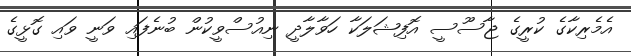
އެމެރިކާގެ ކުރީގެ ޖާސޫސީ އޮފިޝަލަކާ ހަވާލާދީ ނިއުސްވީކުން ބުނެފައި ވަނީ ވައި ގޮޅީގެ